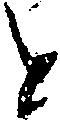
と